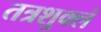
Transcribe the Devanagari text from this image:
तत्रशुक्लं